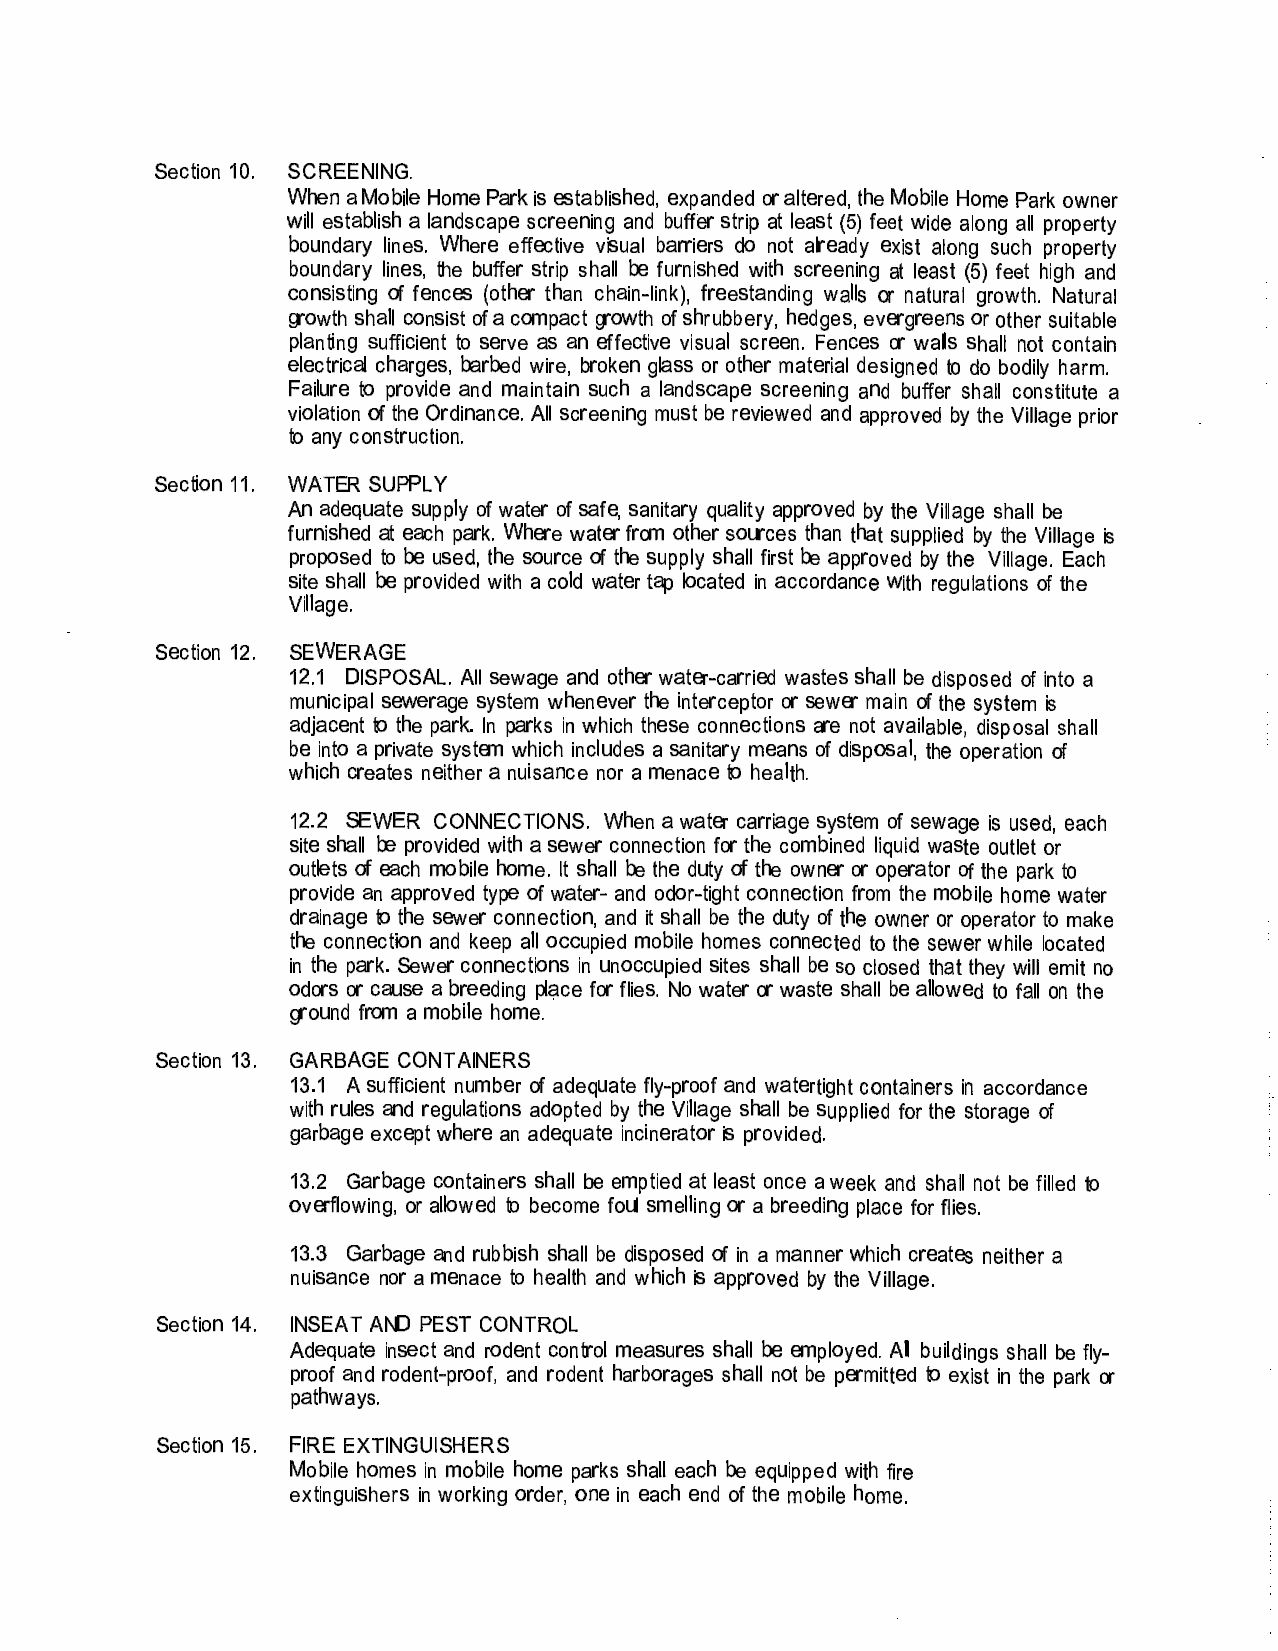
Section 10. SCREENING.
 When a Mobile Home Park is established, expanded or altered, the Mobile Home Park owner
 will establish a landscape screening and buffer strip at least (5) feet wide along all property
 boundary lines. Where effective visual barriers do not already exist along such property
 boundary lines, the buffer strip shall be furnished with screening at least (5) feet high and
 consisting of fences (other than chain-link), freestanding walls or natural growth. Natural
 growth shall consist of a compact growth of shrubbery, hedges, evergreens or other suitable
 planting sufficient to serve as an effective visual screen. Fences or walls shall not contain
 electrical charges, barbed wire, broken glass or other material designed to do bodily harm.
 Failure to provide and maintain such a landscape screening and buffer shall constitute a
 violation of the Ordinance. All screening must be reviewed and approved by the Village prior
 to any construction.
 Section 11. WATER SUPPLY
 An adequate supply of water of safe, sanitary quality approved by the Village shall be
 furnished at each park. Where water from other sources than that supplied by the Village is
 proposed to be used, the source of the supply shall first be approved by the Village. Each
 site shall be provided with a cold water tap located in accordance with regulations of the
 Village.
 Section 12. SEWERAGE
 12.1 DISPOSAL. All sewage and other water-carried wastes shall be disposed of into a
 municipal sewerage system whenever the interceptor or sewer main of the system is
 adjacent to the park. In parks in which these connections are not available, disposal shall
 be into a private system which includes a sanitary means of disposal, the operation of
 which creates neither a nuisance nor a menace to health.
 12.2 SEWER CONNECTIONS. When a water carriage system of sewage is used, each
 site shall be provided with a sewer connection for the combined liquid waste outlet or
 outlets of each mobile home. It shall be the duty of the owner or operator of the park to
 provide an approved type of water- and odor-tight connection from the mobile home water
 drainage to the sewer connection, and it shall be the duty of the owner or operator to make
 the connection and keep all occupied mobile homes connected to the sewer while located
 in the park. Sewer connections in unoccupied sites shall be so closed that they will emit no
 odors or cause a breeding place for flies. No water or waste shall be allowed to fall on the
 ground from a mobile home.
 Section 13. GARBAGE CONTAINERS
 13.1 A sufficient number of adequate fly-proof and watertight containers in accordance
 with rules and regulations adopted by the Village shall be supplied for the storage of
 garbage except where an adequate incinerator is provided.
 13.2 Garbage containers shall be emptied at least once a week and shall not be filled to
 overflowing, or allowed to become foul smelling or a breeding place for flies.
 13.3 Garbage and rubbish shall be disposed of in a manner which creates neither a
 nuisance nor a menace to health and which is approved by the Village.
 Section 14. INSEAT AND PEST CONTROL
 Adequate insect and rodent control measures shall be employed. All buildings shall be fly­
 proof and rodent-proof, and rodent harborages shall not be permitted to exist in the park or
 pathways.
 Section 15. FIRE EXTINGUISHERS
 Mobile homes in mobile home parks shall each be equipped with fire
 extinguishers in working order, one in each end of the mobile home.